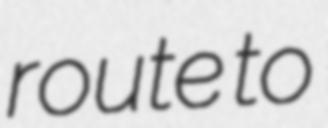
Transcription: route to